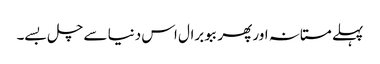
پہلے مستانہ اور پھر ببو برال اس دنیا سے چل بسے۔